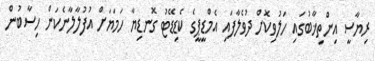
ރިޔާސީ އިންތިޚާބުގައި ހަލުވިކޮށް ދުވެލާފައި އެމްޑީޕީގެ ކެޑިޑޭޓު ގޮނޑިޔާ ހަމަޔަށް އުފުލާލާނެކަން ހިސާބުން